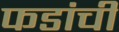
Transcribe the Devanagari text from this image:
फडांची